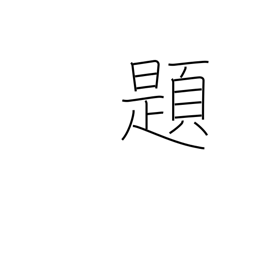
Meaning: topic